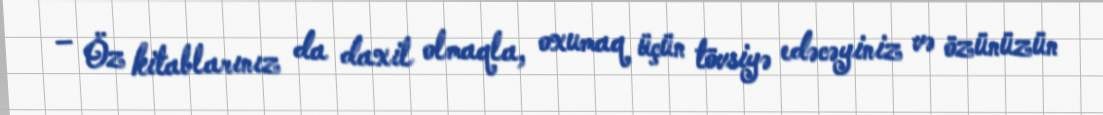
– Öz kitablarınız da daxil olmaqla, oxumaq üçün tövsiyə edəcəyiniz və özünüzün